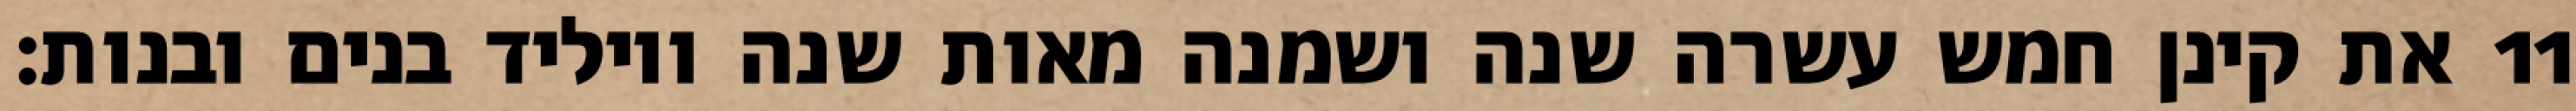
את קינן חמש עשרה שנה ושמנה מאות שנה ויוליד בנים ובנות׃ ‎11‏